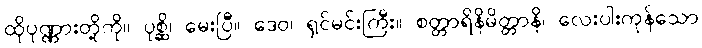
ထိုပုဏ္ဏားတို့ကို။ ပုစ္ဆိ၊ မေးပြီ။ ဒေဝ၊ ရှင်မင်းကြီး။ စတ္တာရိနိမိတ္တာနိ၊ လေးပါးကုန်သော